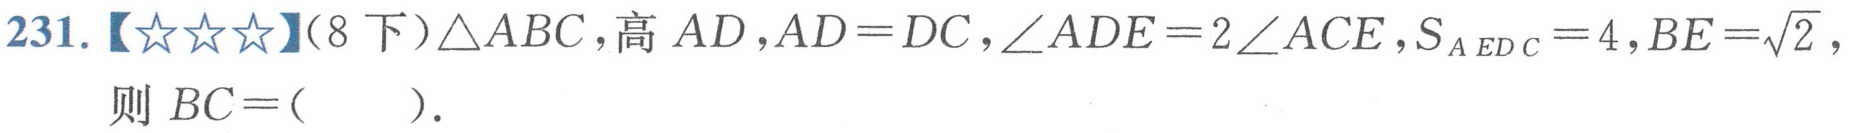
231.【★★★】(8下)\(\triangle ABC\), 高 \(AD\), \(AD = DC\), \(\angle ADE = 2\angle ACE\), \(S_{AEDC}=4\), \(BE=\sqrt{2}\), 则 \(BC = (\ \ \ \ \ )\).